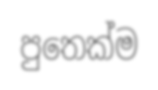
පුතෙක්ම